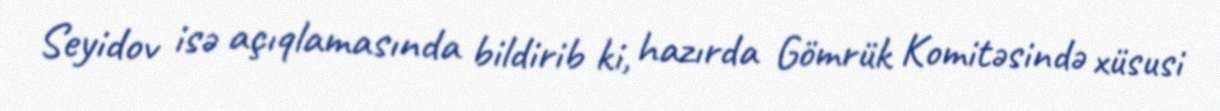
Seyidov isə açıqlamasında bildirib ki, hazırda Gömrük Komitəsində xüsusi